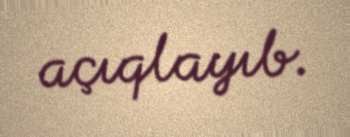
açıqlayıb.